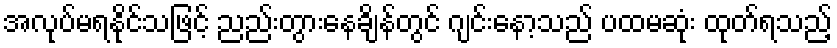
အလုပ်မရနိုင်သဖြင့် ညည်းတွားနေချိန်တွင် ဂျင်းနော့သည် ပထမဆုံး ထုတ်ရသည့်